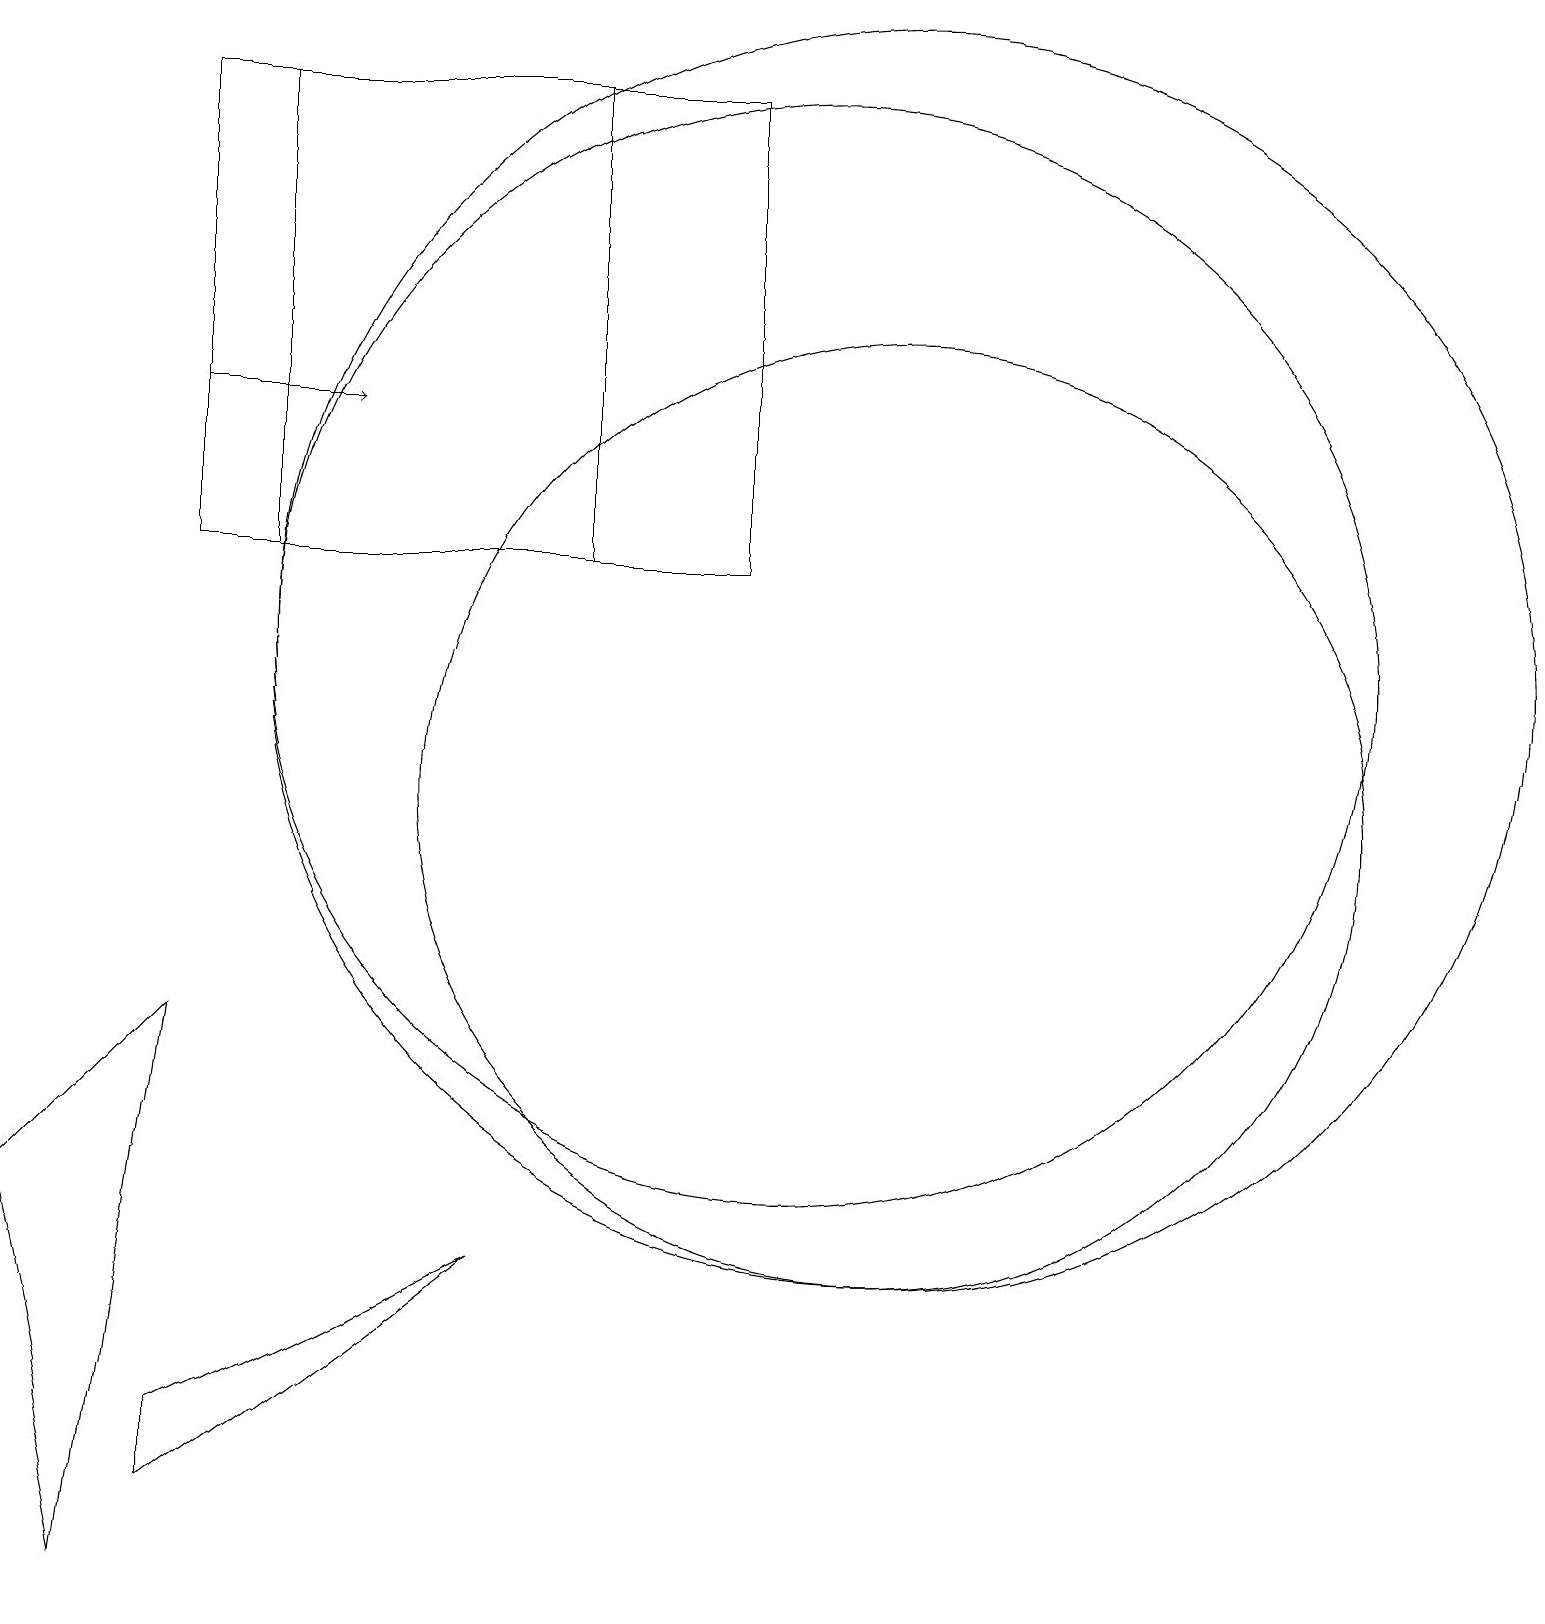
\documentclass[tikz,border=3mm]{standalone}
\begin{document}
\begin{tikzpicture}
\draw (11,12) circle (8);
\draw (11,10) circle (6);
\draw (0,5) -- (2,7) -- (1,0) -- cycle;
\draw[->] (2,15) -- (4,15);
\draw (10,12) circle (7);
\draw (9,13) rectangle (3,19);
\draw (2,2) -- (2,1) -- (6,4) -- cycle;
\draw (7,13) rectangle (2,19);
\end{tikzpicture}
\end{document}